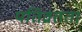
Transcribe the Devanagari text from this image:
पतिव्रतता